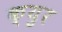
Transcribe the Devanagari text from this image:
क्युर